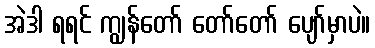
အဲဒါ ရရင် ကျွန်တော် တော်တော် ပျော်မှာပဲ။